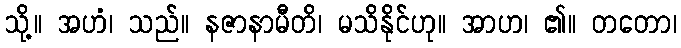
သို့။ အဟံ၊ သည်။ နဇာနာမီတိ၊ မသိနိုင်ဟု။ အာဟ၊ ၏။ တတော၊